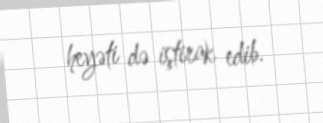
heyəti də iştirak edib.